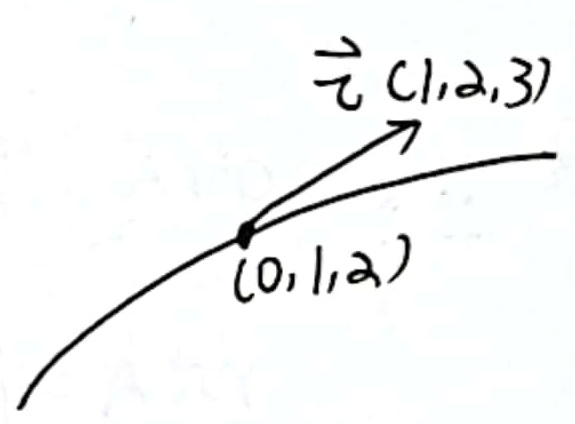
$\vec{\tau}(1,2,3)\ (0,1,2)$

这里推测你想表达的是两个向量并列呈现，原内容格式有些问题，已在两向量间添加空格，若与你的预期不符，请进一步说明。